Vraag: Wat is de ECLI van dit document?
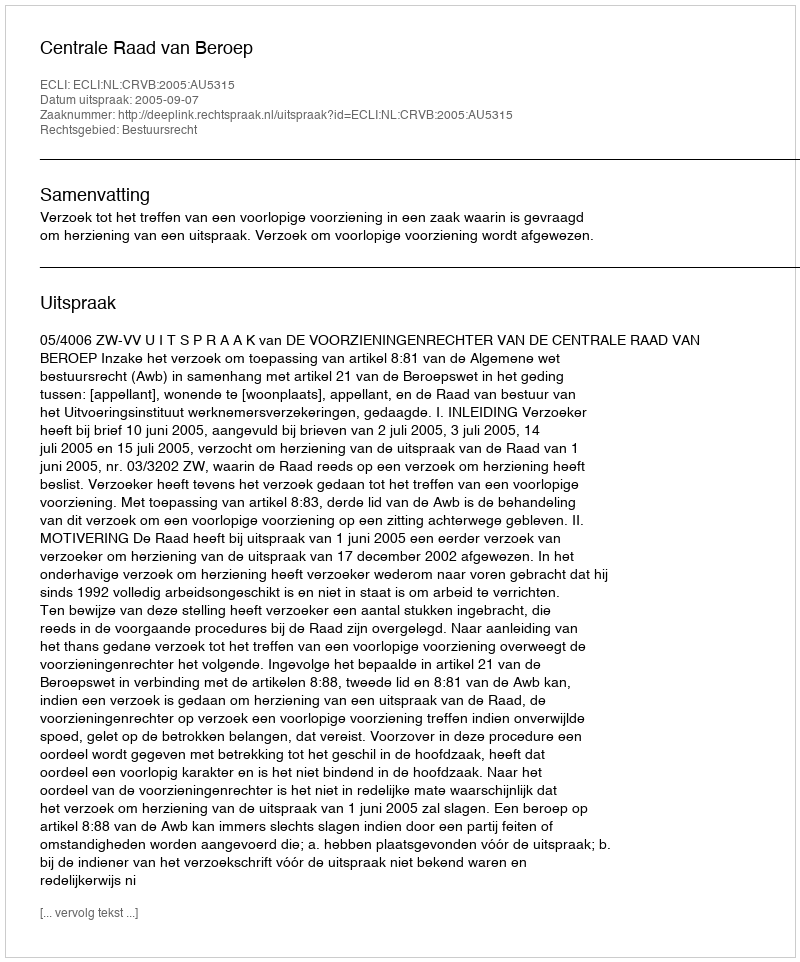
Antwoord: ECLI:NL:CRVB:2005:AU5315